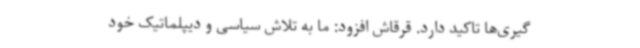
گیری‌ها تاکید دارد. قرقاش افزود: ما به تلاش سیاسی و دیپلماتیک خود